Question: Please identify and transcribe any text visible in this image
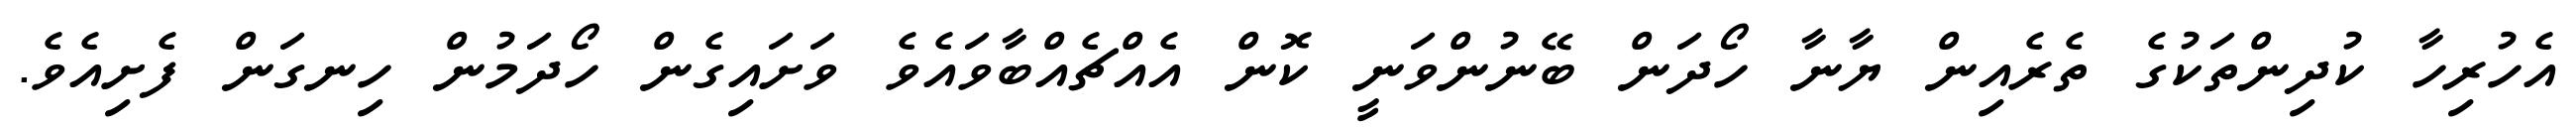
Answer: އެހުރިހާ ކުދިންތަކުގެ ތެރެއިން ޔާނާ ހޯދަން ބޭނުންވަނީ ކޮން އެއްޗެއްބާވައެވެ ވަށައިގެން ހޯދަމުން ހިނގަން ފެށިއެވެ.